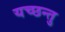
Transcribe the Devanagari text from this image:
यच्छन्तु